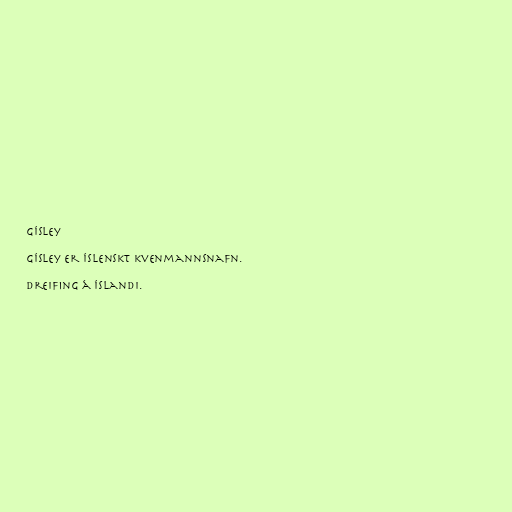
Gísley

Gísley er íslenskt kvenmannsnafn.

Dreifing á Íslandi.